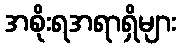
အစိုးရအရာရှိများ